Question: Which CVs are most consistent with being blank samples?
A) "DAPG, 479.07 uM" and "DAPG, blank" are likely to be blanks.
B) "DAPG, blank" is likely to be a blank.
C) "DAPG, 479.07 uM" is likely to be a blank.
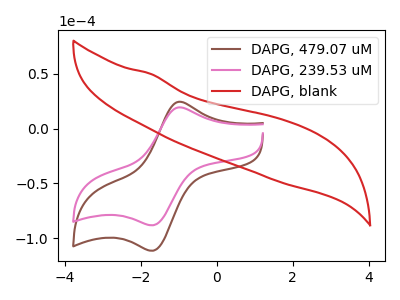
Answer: <think>The brown curve "DAPG, 479.07 uM" has an anodic peak at (-0.95V, 24.55uA) and a cathodic peak at (-1.70V, -111.40uA). The pink curve "DAPG, 239.53 uM" has an anodic peak at (-0.95V, 19.45uA) and a cathodic peak at (-1.70V, -88.15uA). The red curve "DAPG, blank" has no peaks.</think>
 <answer>B) "DAPG, blank" is likely to be a blank.</answer>
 <eval>B</eval>